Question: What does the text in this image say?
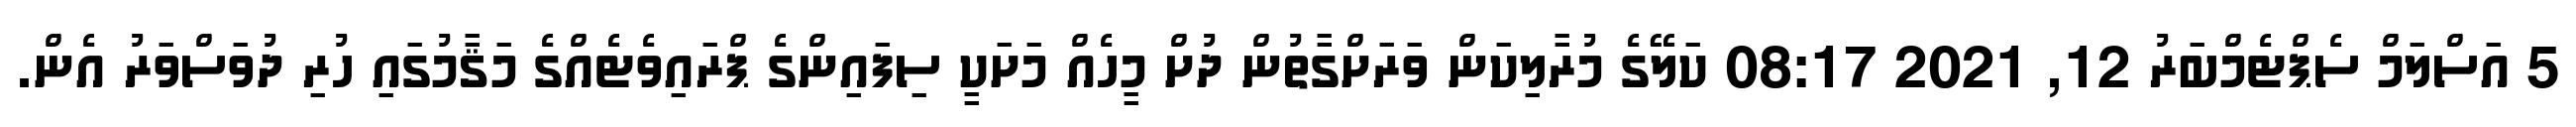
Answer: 5 އަސްލަމް ސެޕްޓެމްބަރު 12, 2021 08:17 ކަލޭގެ މުރާލިކަން ވަރަށްގާތުން ދުށް މީހެއް މަށަކީ ސިފައިންގެ ޕްރައިވެޓެއްގެ މަޤާމުގައި ހުރި ދުވަސްވަރު އެން.